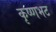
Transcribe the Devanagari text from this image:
कृष्णभट